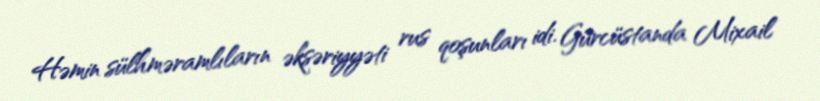
Həmin sülhməramlıların əksəriyyəti rus qoşunları idi. Gürcüstanda Mixail